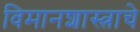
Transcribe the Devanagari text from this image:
विमानशास्त्राचे